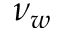
\nu _ { w }